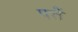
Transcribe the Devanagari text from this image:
पत्तें